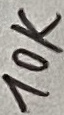
Text: 10K